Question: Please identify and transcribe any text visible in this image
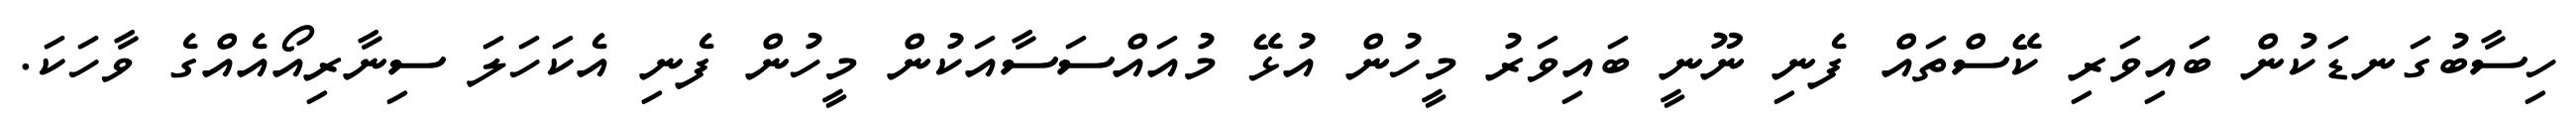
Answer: ހިސާބުގަނޑަކުން ބައިވަރި ކޭސްތައް ފެނި ނޫނީ ބައިވަރު މީހުން އުޅޭ މުއައްސަސާއަކުން މީހުން ފެނި އެކަހަލަ ސިނާރިއޯއެއްގެ ވާހަކަ.